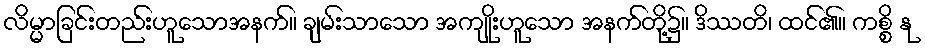
လိမ္မာခြင်းတည်းဟူသောအနက်။ ချမ်းသာသော အကျိုးဟူသော အနက်တို့၌။ ဒိဿတိ၊ ထင်၏။ ကစ္စိ နု